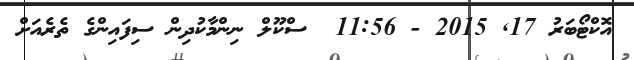
އޮކްޓޯބަރު 17